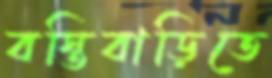
বস্তিবাড়িতে